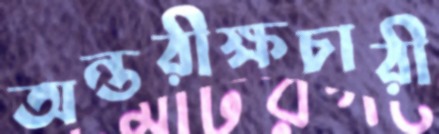
অন্তরীক্ষচারী